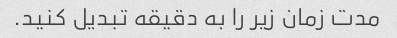
مدت زمان زیر را به دقیقه تبدیل کنید.